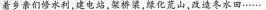
着乡亲们修水利，建电站，架桥梁，绿化荒山，改造冬水田…